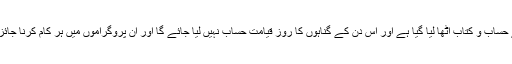
وہ کہتے ہیں آج کے دن سے حساب و کتاب اٹھا لیا گیا ہے اور اس دن کے گناہوں کا روز قیامت حساب نہیں لیا جائے گا اور ان پروگراموں میں ہر کام کرنا جائز ہے اور کوئی گناہ نہیں ہے۔